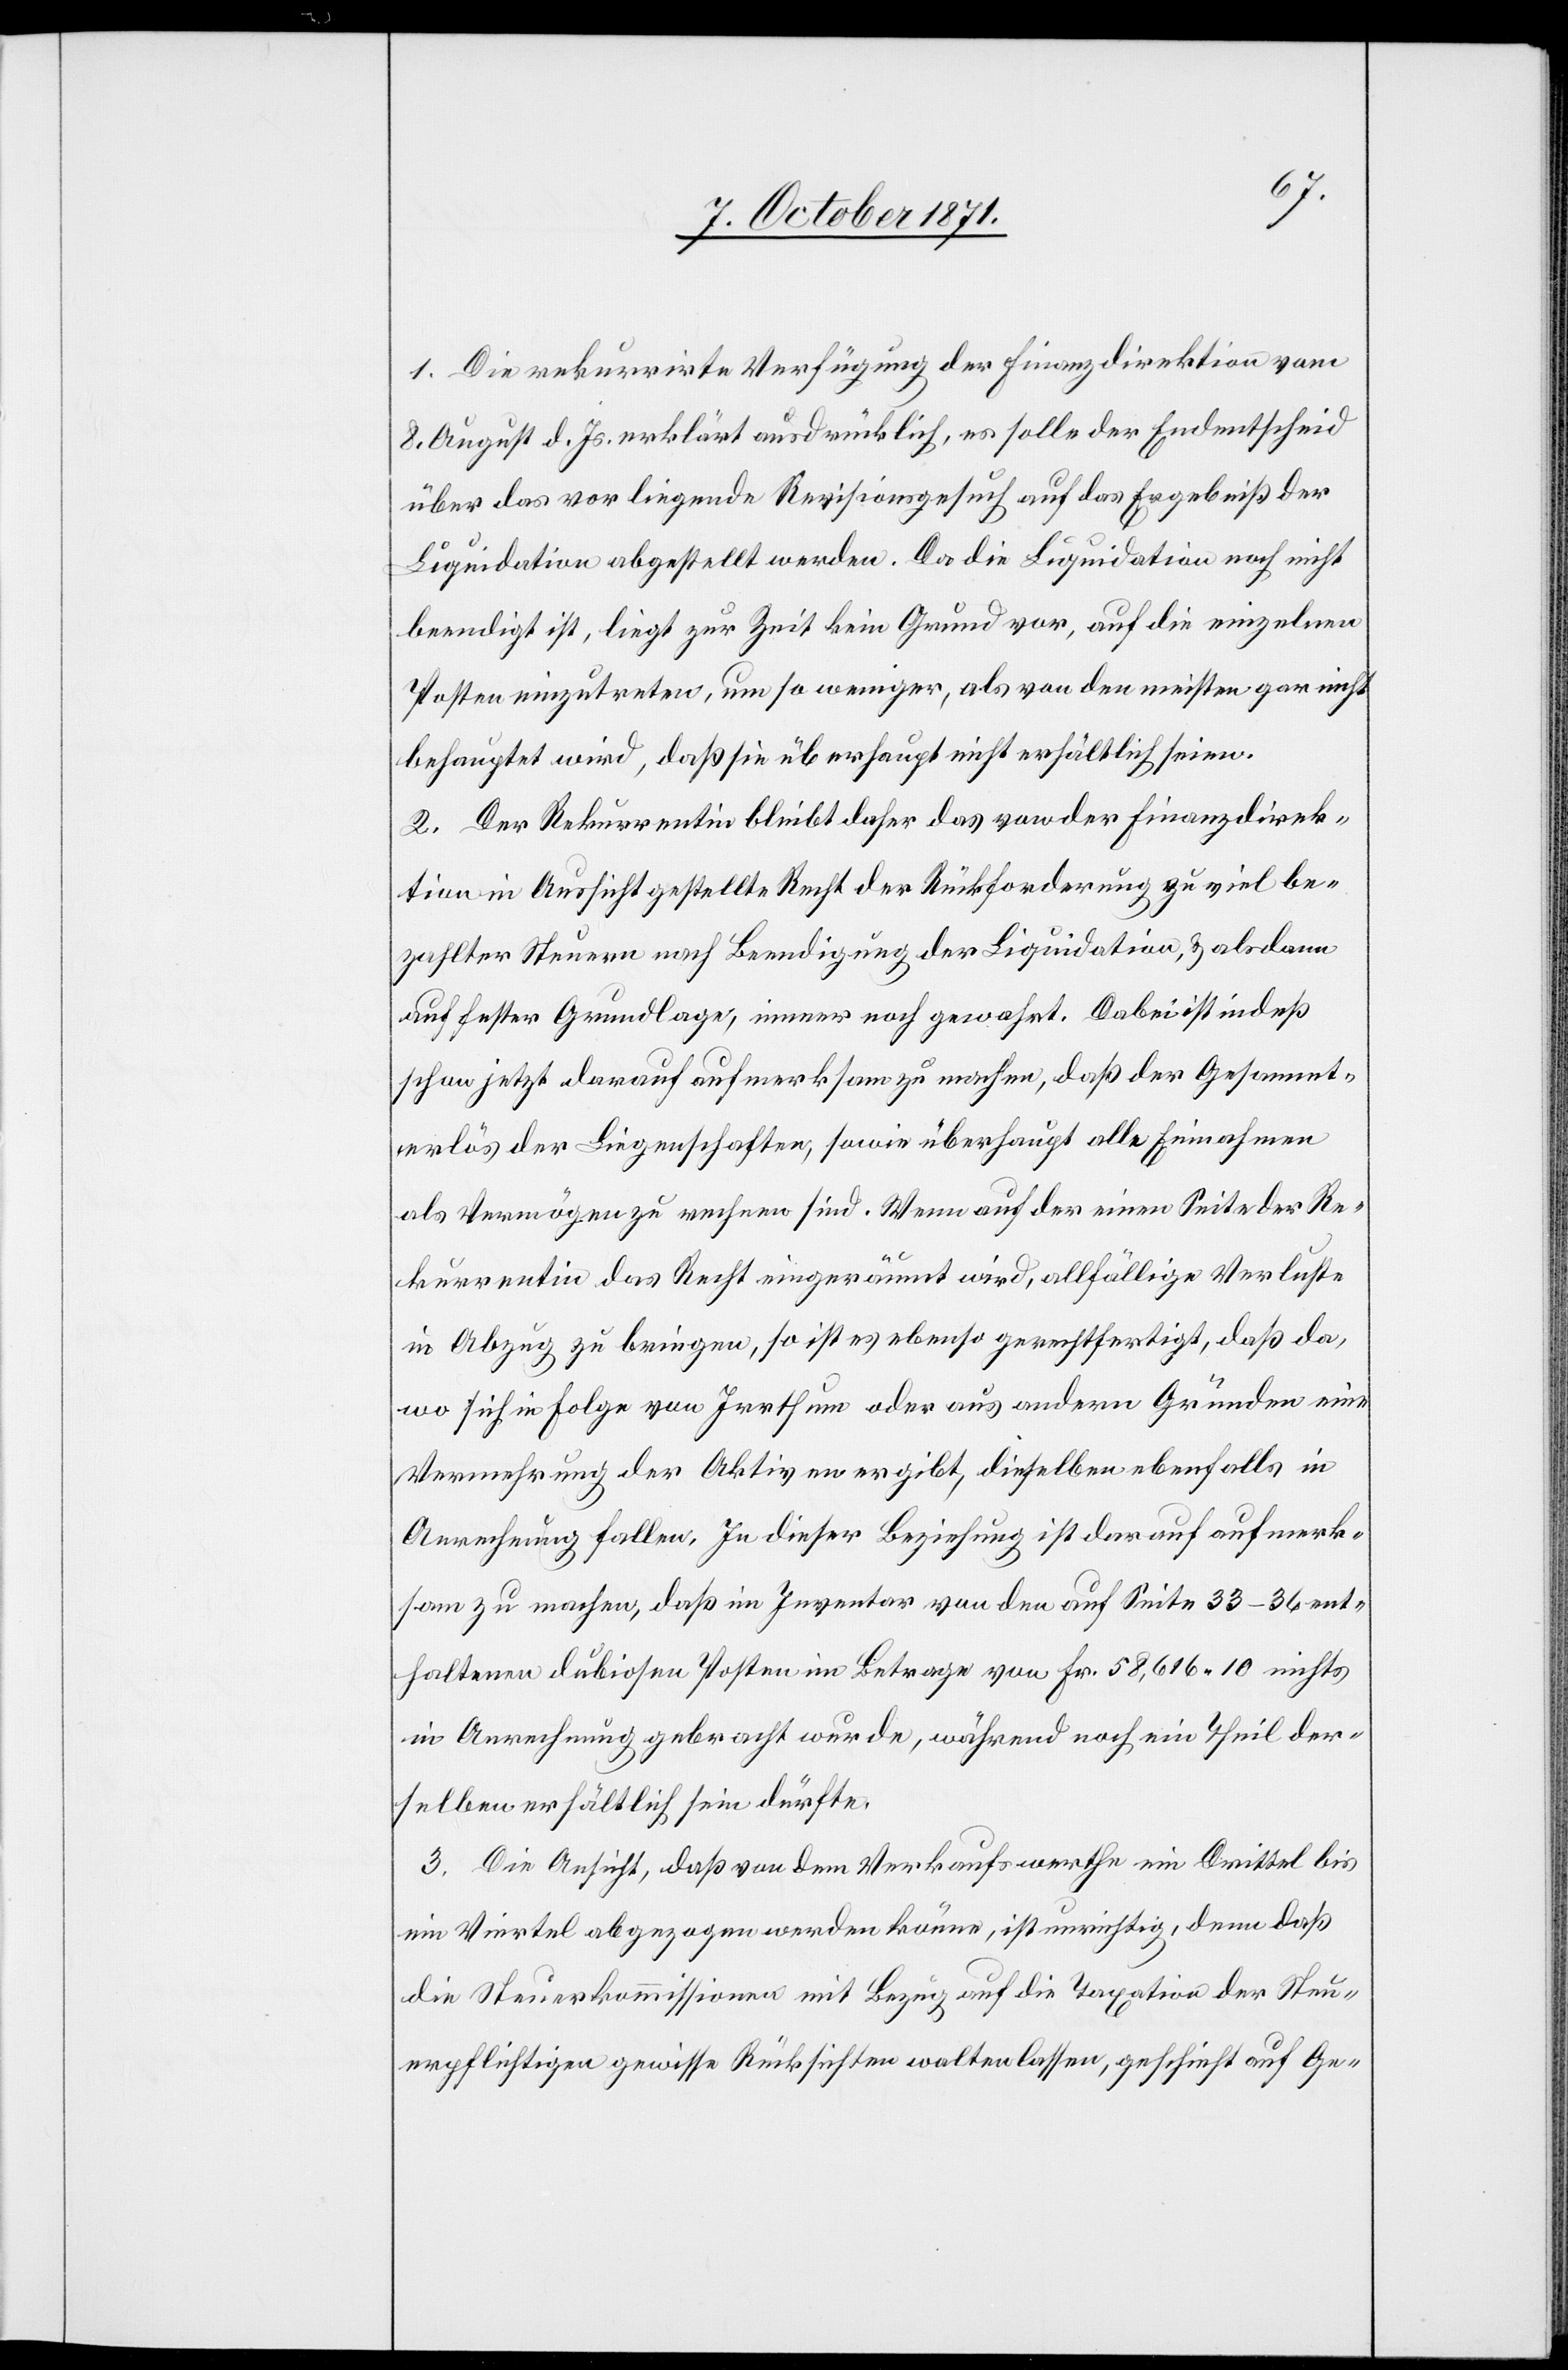
1. Die rekurrirte Verfügung der Finanzdirektion vom
8. August d. Js. erklärt ausdrücklich, es solle der Endentscheid
über das vorliegende Revisionsgesuch auf das Ergebniß der
Liquidation abgestellt werden. Da die Liquidation noch nicht
beendigt ist, liegt zur Zeit kein Grund vor, auf die einzelnen
Posten einzutreten, um so weniger als von den meisten gar nicht
behauptet wird, dass sie überhaupt nicht erhältlich seien.
2. Der Rekurrentin bleibt daher das von der Finanzdirek¬
tion in Außersihl gestellte Recht der Rückforderung zu viel be¬
zahlter Steuern nach Beendigung der Liquidation & alsdann
auf fester Grundlage, immer noch gewahrt. Dabei ist indeß
schon jetzt darauf aufmerksam zu machen, daß der Gesammt¬
erlös der Liegenschaften, sowie überhaupt alle Einnahmen
als Vermögen zu rechnen sind. Wenn auf der einen Seite der Re¬
kurrentin das Recht eingeräumt wird, allfällige Verluste
in Abzug zu bringen, so ist es ebenso gerechtfertigt, daß da,
wo sich in Folge von Irrthum oder aus andern Gründen eine
Vermehrung der Aktiven ergibt, dieselben ebenfalls in
Anrechnung fallen. In dieser Beziehung ist darauf aufmerk¬
sam zu machen, daß im Inventar von den auf Seite 33–36 ent¬
haltenen dubiosen Posten im Betrage von Fr. 58,616,10 nichts
in Anrechnung gebracht wurde, während noch ein Theil der¬
selben erhältlich sein dürfte.
3. Die Ansicht, daß von dem Verkaufswerthe ein Drittel bis
ein Viertel abgezogen werden könne, ist unrichtig, denn daß
die Steuerkommission mit Bezug auf die Taxation der Steu¬
erpflichtigen gewisse Rücksichten walten lassen [sic!], geschieht auf Ge-